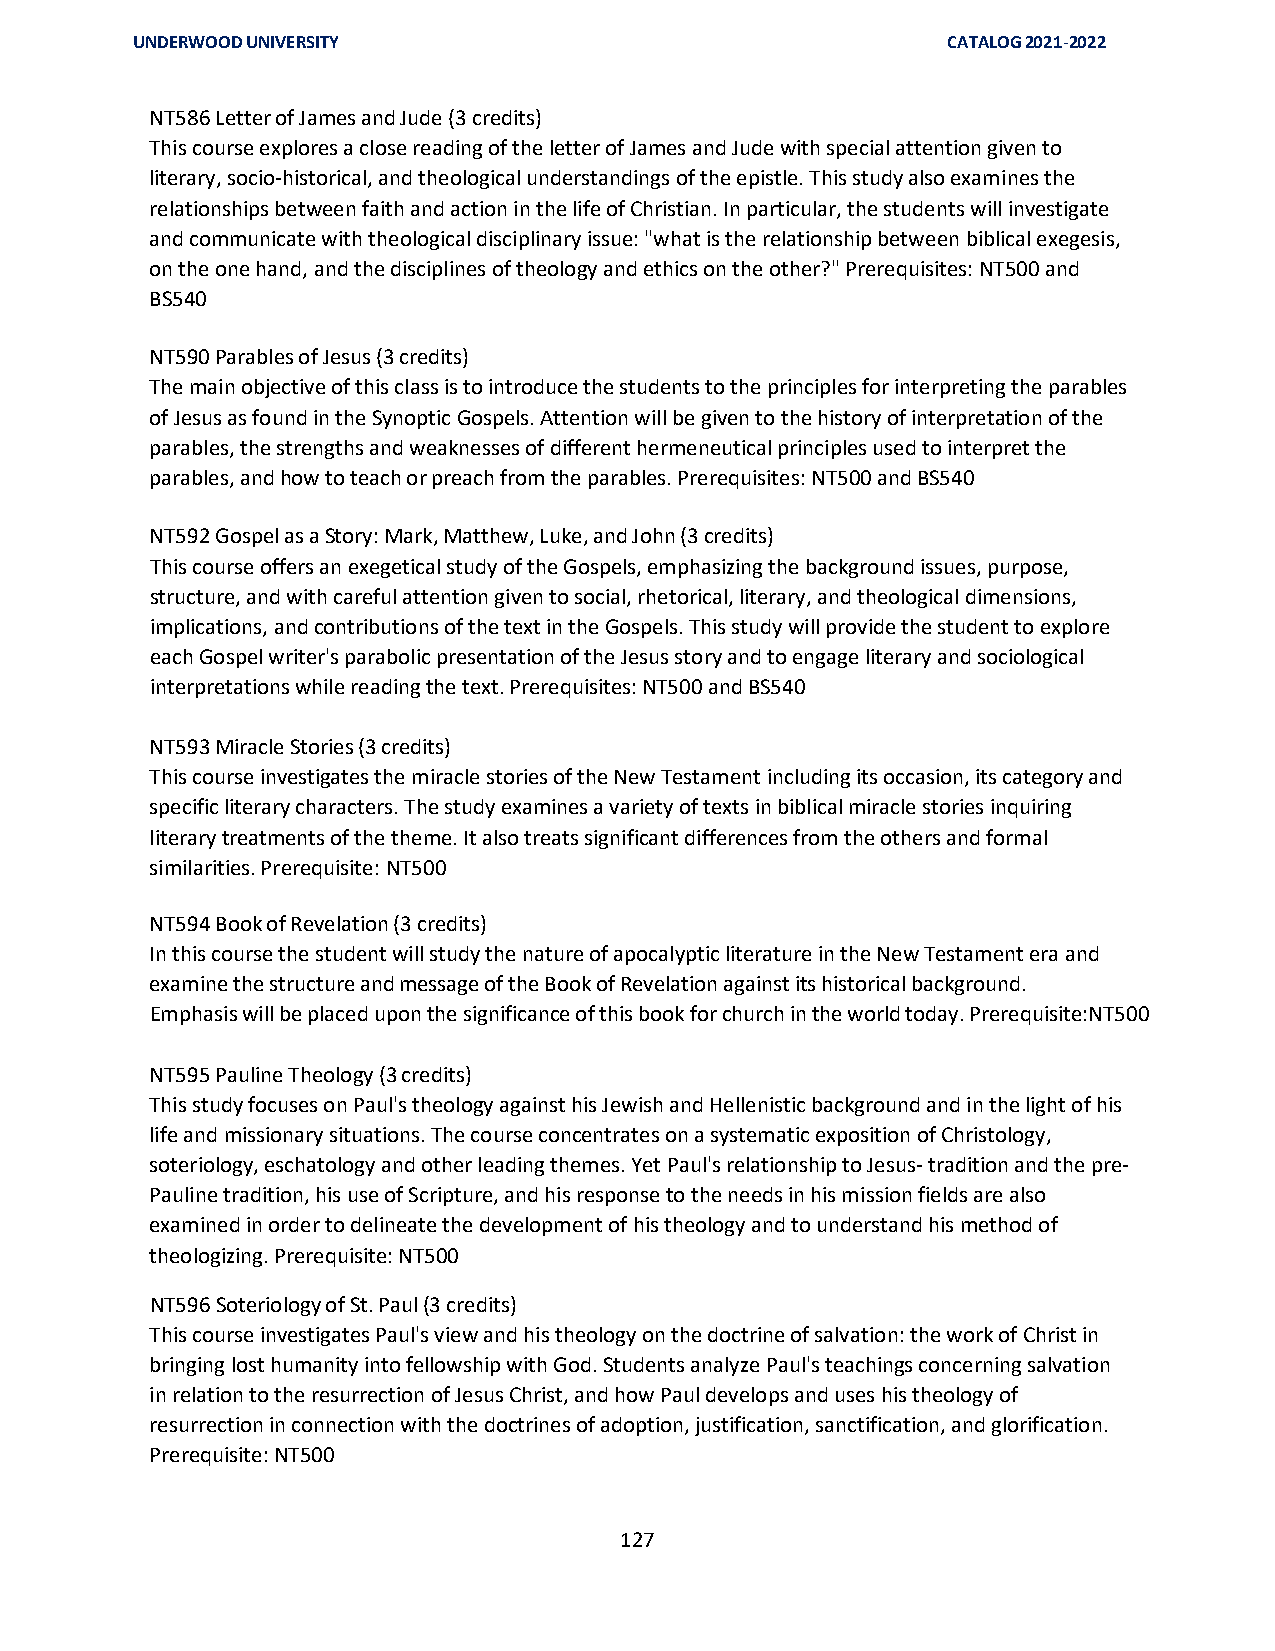
UNDERWOOD UNIVERSITY                                  CATALOG 2021-2022
 NT586 Letter of James and Jude (3 credits)
 This course explores a close reading of the letter of James and Jude with special attention given to
 literary, socio-historical, and theological understandings of the epistle. This study also examines the
 relationships between faith and action in the life of Christian. In particular, the students will investigate
 and communicate with theological disciplinary issue: "what is the relationship between biblical exegesis,
 on the one hand, and the disciplines of theology and ethics on the other?" Prerequisites: NT500 and
 BS540
 NT590 Parables of Jesus (3 credits)
 The main objective of this class is to introduce the students to the principles for interpreting the parables
 of Jesus as found in the Synoptic Gospels. Attention will be given to the history of interpretation of the
 parables, the strengths and weaknesses of different hermeneutical principles used to interpret the
 parables, and how to teach or preach from the parables. Prerequisites: NT500 and BS540
 NT592 Gospel as a Story: Mark, Matthew, Luke, and John (3 credits)
 This course offers an exegetical study of the Gospels, emphasizing the background issues, purpose,
 structure, and with careful attention given to social, rhetorical, literary, and theological dimensions,
 implications, and contributions of the text in the Gospels. This study will provide the student to explore
 each Gospel writer's parabolic presentation of the Jesus story and to engage literary and sociological
 interpretations while reading the text. Prerequisites: NT500 and BS540
 NT593 Miracle Stories (3 credits)
 This course investigates the miracle stories of the New Testament including its occasion, its category and
 specific literary characters. The study examines a variety of texts in biblical miracle stories inquiring
 literary treatments of the theme. It also treats significant differences from the others and formal
 similarities. Prerequisite: NT500
 NT594 Book of Revelation (3 credits)
 In this course the student will study the nature of apocalyptic literature in the New Testament era and
 examine the structure and message of the Book of Revelation against its historical background.
 Emphasis will be placed upon the significance of this book for church in the world today. Prerequisite:NT500
 NT595 Pauline Theology (3 credits)
 This study focuses on Paul's theology against his Jewish and Hellenistic background and in the light of his
 life and missionary situations. The course concentrates on a systematic exposition of Christology,
 soteriology, eschatology and other leading themes. Yet Paul's relationship to Jesus- tradition and the pre-
 Pauline tradition, his use of Scripture, and his response to the needs in his mission fields are also
 examined in order to delineate the development of his theology and to understand his method of
 theologizing. Prerequisite: NT500
 NT596 Soteriology of St. Paul (3 credits)
 This course investigates Paul's view and his theology on the doctrine of salvation: the work of Christ in
 bringing lost humanity into fellowship with God. Students analyze Paul's teachings concerning salvation
 in relation to the resurrection of Jesus Christ, and how Paul develops and uses his theology of
 resurrection in connection with the doctrines of adoption, justification, sanctification, and glorification.
 Prerequisite: NT500
 127